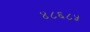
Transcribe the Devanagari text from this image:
४८६८५